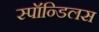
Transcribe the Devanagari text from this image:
स्पॉन्डिलस